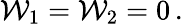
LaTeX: {\cal W}_{1}={\cal W}_{2}=0\, .